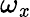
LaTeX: \omega_{\mathit{x}}